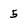
Character: 5